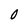
Character: O